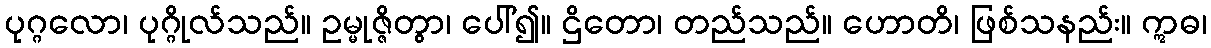
ပုဂ္ဂလော၊ ပုဂ္ဂိုလ်သည်။ ဥမ္မုဇ္ဇိတွာ၊ ပေါ်၍။ ဌိတော၊ တည်သည်။ ဟောတိ၊ ဖြစ်သနည်း။ ဣဓ၊